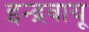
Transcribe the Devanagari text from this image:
इन्द्रवायू